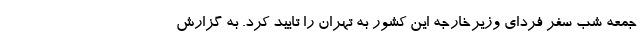
جمعه شب سفر فردای وزیرخارجه این کشور به تهران را تایید کرد. به گزارش